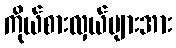
ကိုယ်စားလှယ်များအား